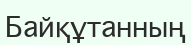
Байқұтанның